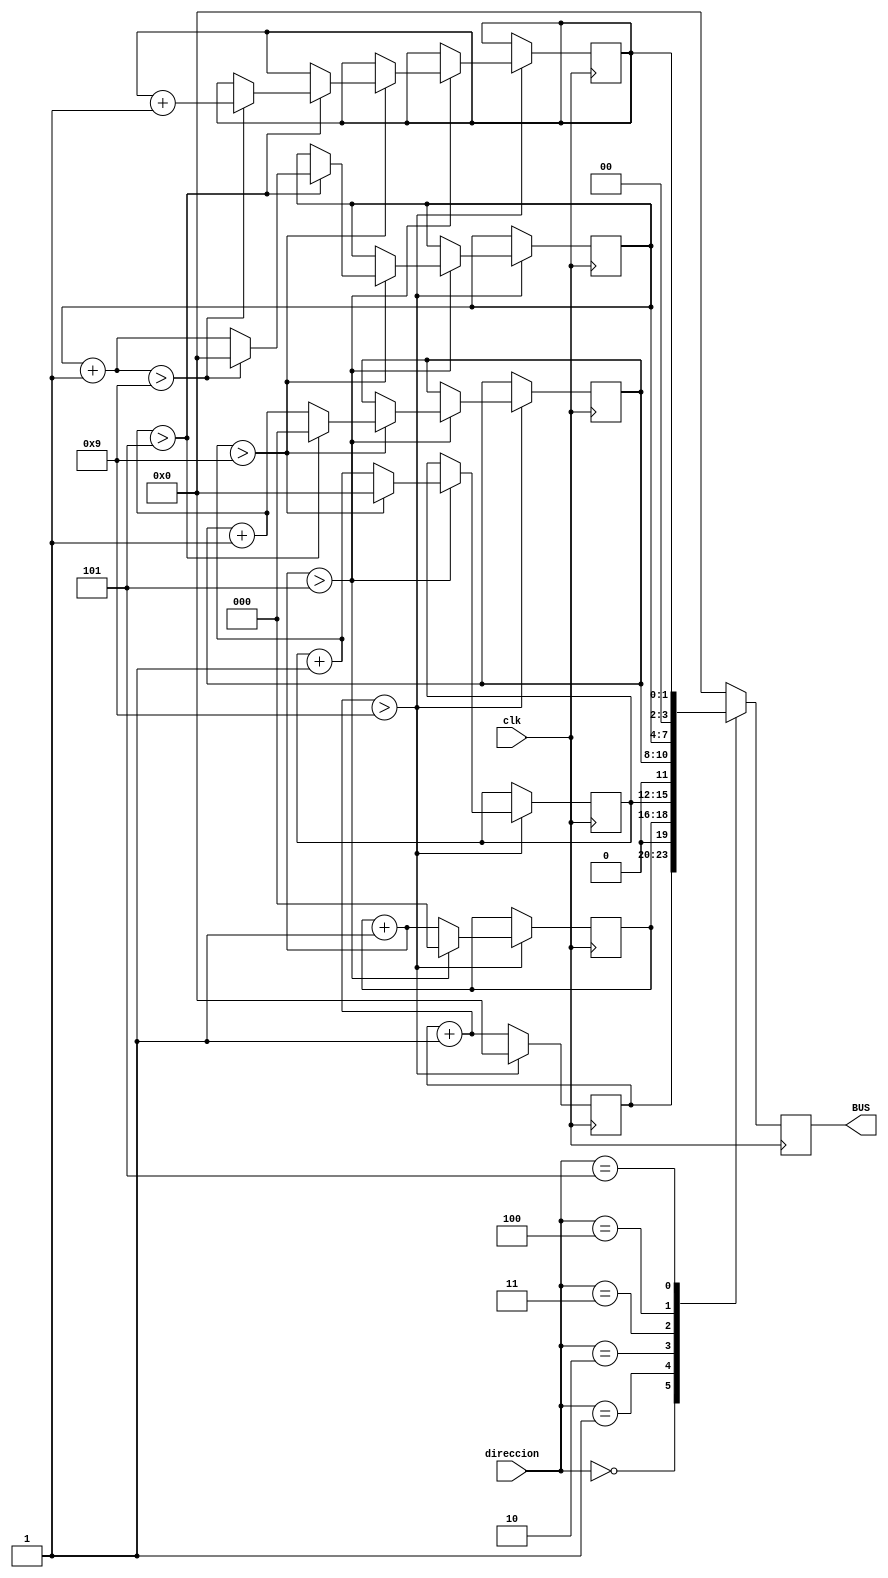
module P2_Reloj24_Bus(input clk, input [2:0] direccion, output reg [3:0] BUS);


// diseño del mapa de memoria de mi sistema

// Bus de Direccionamiento: 1.- El dispositivo a utilizar, 
//                          2.- Operacion a realizar
//  Bus de Datos            3.- Enviarle los datos necesarios para la operacion

// ***** Creacicion del bus de direcciones ******
//    Dispositivo     operacion		Uniseg	Decseg	Unimin	Decmin	Unihora	Dechora	
//      0 0 0           					Us			Z			Z			Z			Z			Z
//      0 0 1          						Z			Ds			Z			Z			Z			Z
//      0 1 0           					Z			Z			Um			Z			Z			Z
//      0 1 1           					Z			Z			Z			Dm			Z			Z
//      1 0 0           					Z			Z			Z			Z			Uh			Z
//      1 0 1           					Z			Z			Z			Z			Z			Dh


wire [2:0] codigo;

reg [3:0] Us, Um, Uh;
reg [2:0] Ds, Dm;
reg [1:0] Dh;

assign codigo[2] = direccion[2];
assign codigo[1] = direccion[1];
assign codigo[0] = direccion[0];



// ********** Contador de segundos, minutos y horas***********
always @(negedge clk)
begin
Us = Us+4'd1;
	if(Us>4'd9)
	begin
		Ds = Ds+3'b1;
		Us = 4'd0;
		
			if(Ds>3'd5)
			begin
				Um = Um+4'd1;
				Ds = 3'd0;
				
					if(Um>4'd9)
					begin
						Dm = Dm+3'd1;
						Um = 4'd0;
						
							if(Dm>3'd5)
							begin
								Uh = Uh+4'd1;
								Dm = 4'd0;
								
									if(Uh>4'd9)
									begin
										Dh = Dh+2'd1;
										Uh = 4'd0;
										
											if(Dh>1'd2 && Uh>4'd3)
											begin
				
													Us = 4'd0;
													Ds = 3'd0;
													Um = 4'd0;
													Dm = 4'd0;
													Uh = 4'd0;
													Dh = 2'd0;
			
											end
									end
										
							end
					end
			end
				
	end
	
end

// ********** Salida por medio de BUS **************

always @(negedge clk)
begin	
case (codigo)
	4'b000:
		begin
			BUS = Us;
		end
	4'b001:
		begin
			BUS = Ds;	
		end
	4'b010:
	   begin
			BUS = Um;
		end
	4'b011:
		begin
			BUS = Dm;		
		end
	4'b100:
		begin
			BUS = Uh;  	
		end
	4'b101:
		begin
			BUS = Dh;
		end
	default : begin
					BUS = 4'd0;
				 end
endcase

end

initial
begin
	Us=4'd0;
	Ds=3'd0;
	Um=4'd0;
	Dm=3'd0;
	Uh=4'd0;
	Dh=2'd0;
end

endmodule